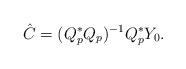
LaTeX: \begin{align*}\hat C=(Q_p^*Q_p)^{-1}Q_p^*Y_0.\end{align*}